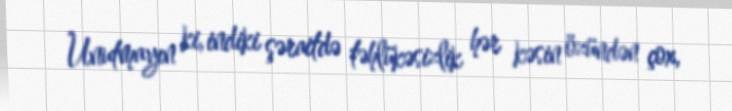
Unutmayın ki, indiki şəraitdə təhlükəsizlik hər kəsin özündən çox,